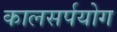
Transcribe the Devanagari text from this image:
कालसर्पयोग